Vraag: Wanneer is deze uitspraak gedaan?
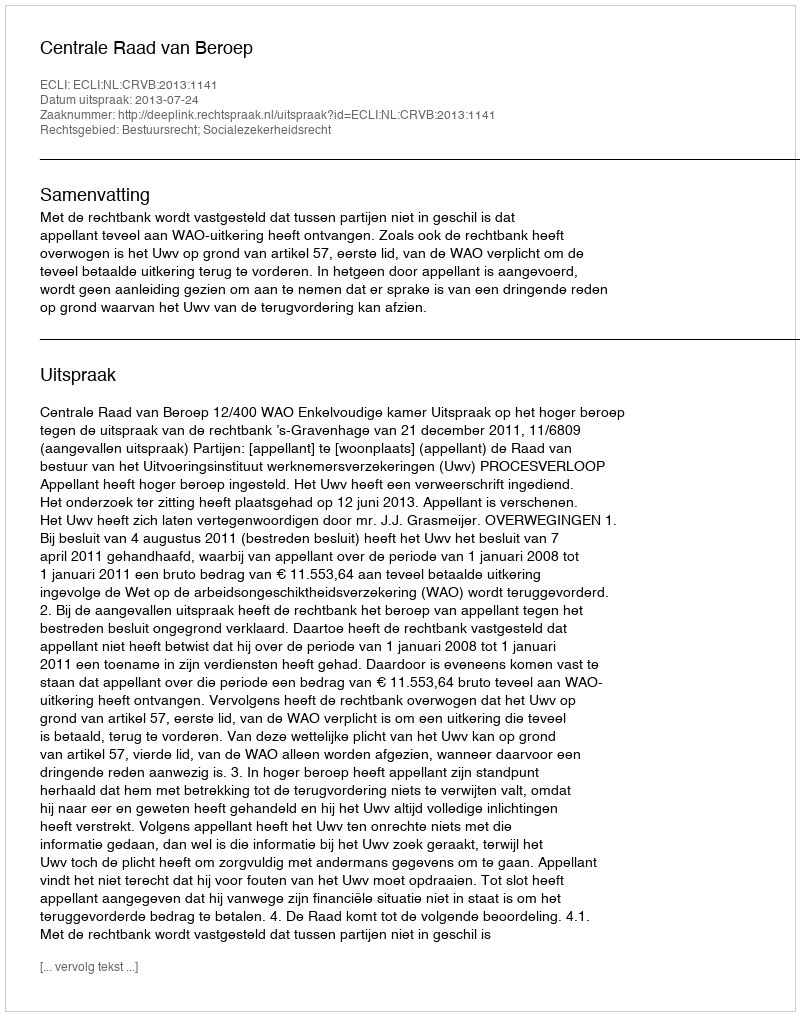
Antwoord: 2013-07-24